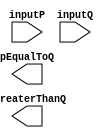

/*
**********************************************************
** Logic Design Final Project Fall, 2019 Semester
** Amirkabir University of Technology (Tehran Polytechnic)
** Department of Computer Engineering (CEIT-AUT)
** Logic Circuit Design Laboratory
** https://ceit.aut.ac.ir
**********************************************************
** Student ID: XXXXXXX
** Student ID: XXXXXXX
**********************************************************
** Module Name: Comparator8Bit
**********************************************************
** Additional Comments:
*/

module Comparator8Bit(
        inputP,
        inputQ,
        pEqualToQ,
        pGreaterThanQ
        );
input [7:0] inputP;
input [7:0] inputQ;
output pEqualToQ;
output pGreaterThanQ;

   // write your code here
   
endmodule